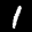
Label: 1